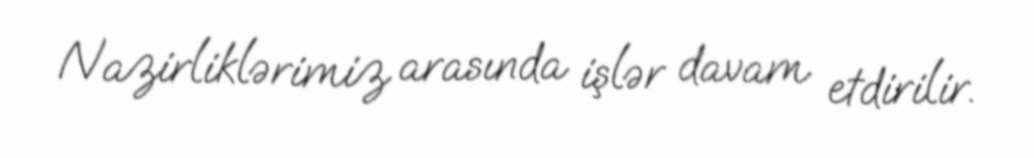
Nazirliklərimiz arasında işlər davam etdirilir.